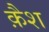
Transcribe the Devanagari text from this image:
क़ैश